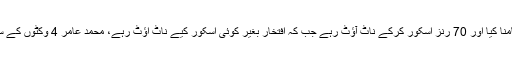
بابر اعظم نے 59 گیندوں کا سامنا کیا اور 70 رنز اسکور کرکے ناٹ آؤٹ رہے جب کہ افتخار بغیر کوئی اسکور کیے ناٹ آؤٹ رہے، محمد عامر 4 وکٹوں کے ساتھ مین آف دی میچ قرار پائے۔